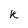
Character: K